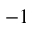
^ { - 1 }